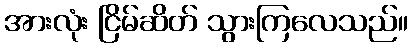
အားလုံး ငြိမ်ဆိတ် သွားကြလေသည်။